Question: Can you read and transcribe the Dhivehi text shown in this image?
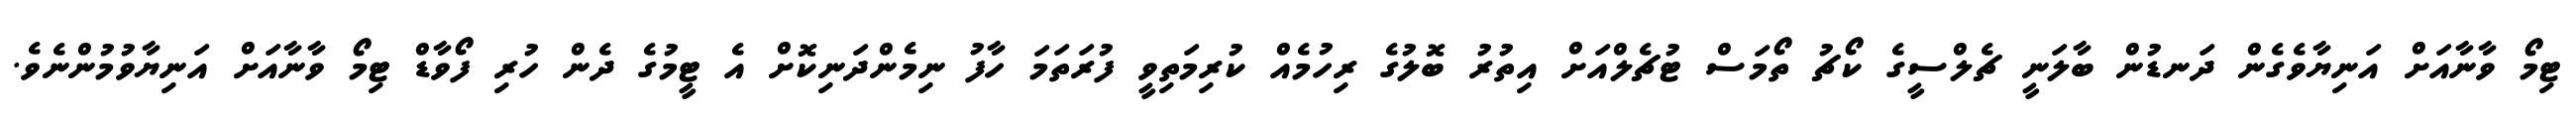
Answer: ޓިމޯ ވާނާއަށް އަނިޔާވެގެން ދަނޑުން ބާލަނީ ޗެލްސީގެ ކޯޗު ތޯމަސް ޓުޗެލްއަށް އިތުރު ބޮލުގެ ރިހުމެއް ކުރިމަތިވީ ފުރަތަމަ ހާފު ނިމެންދަނިކޮށް އެ ޓީމުގެ ދެން ހުރި ފޯވާޑް ޓިމޯ ވާނާއަށް އަނިޔާވުމުންނެވެ.